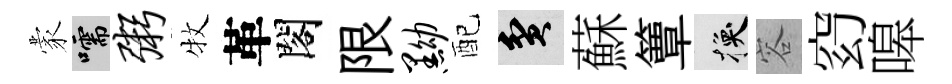
蒙嚅粥牧革閣限黝配貧蘇簟换容𥥆嗥